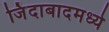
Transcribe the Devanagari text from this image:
जिंदाबादमध्ये